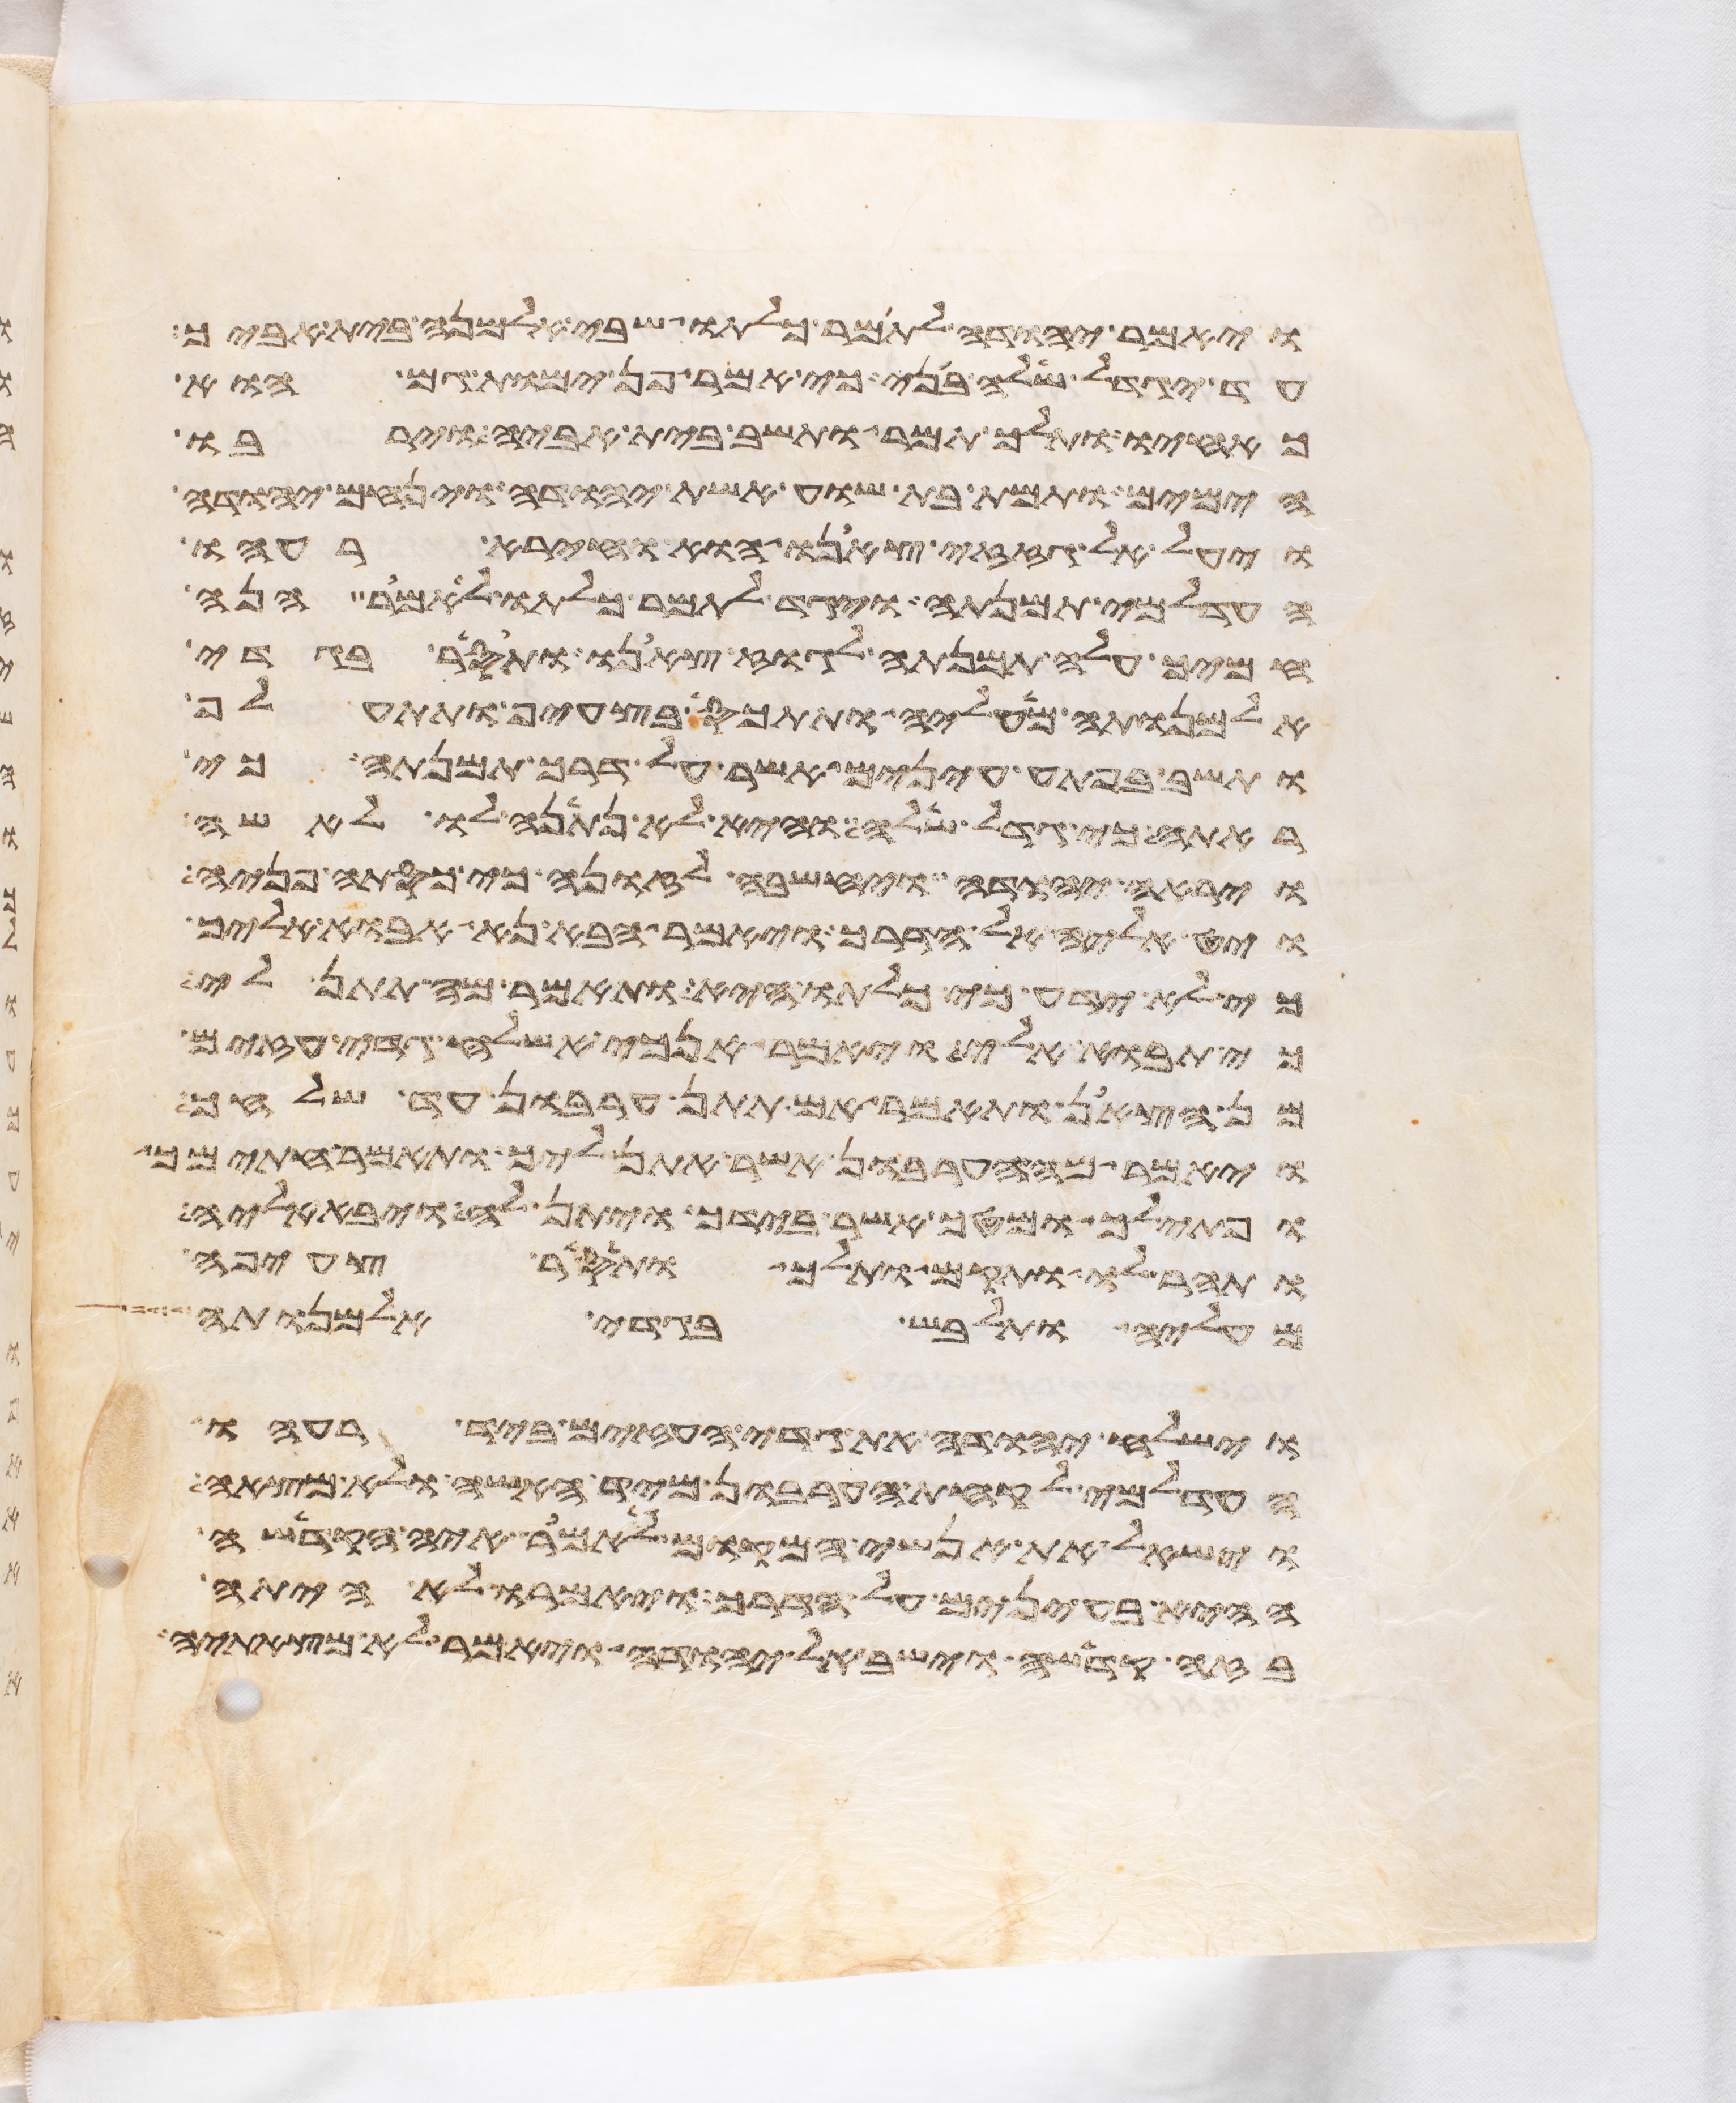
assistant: ויאמר יהודה לתמר כלתו שבי אלמנה בית אביך
עד יגדל שלה בני כי אמר פן ימות גם הוא
כאחיו ותלך תמר ותשב בית אביה וירבו
הימים ותמת בת שוע אשת יהודה וינחם יהודה
ויעל אל גזזי צאנו הוא וחירה רעהו
העדלמי תמנתה ויגד לתמר כלתו לאמר הנה
חמיך עלה תמנתה לגוז צאנו ותסר בגדי
אלמנותה מעליה ותתכס בצעיף ותתעלף
ותשב בפתע עינים אשר על דרך תמנתה כי
ראתה כי גדל שלה והיא לא נתנה לו לאשה
ויראה יהודה ויחשבה לזונה כי כסתה פניה
ויט אליה אל הדרך ויאמר הבא נא אבוא אליך
כי לא ידע כי כלתו היא ותאמר מה תתן לי
כי תבוא אלי ויאמר אנכי אשלח גדי עזים
מן הצאן ותאמר אם תתן ערבון עד שלחך
ויאמר מה הערבון אשר אתן ליך ותאמר חתימך
ופתילך ומטך אשר בידך ויתן לה ויבא אליה
ותהר לו ותקם ותלך ותסר צעיפה
מעליה ותלבש בגדי אלמנותה
וישלח יהודה את גדי העזים ביד רעהו
העדלמי לקחת הערבון מיד האשה ולא מצאה
וישאל את אנשי המקום לאמר איה הקדשה
ההיא בעינים על הדרך ויאמרו לא היתה
בזה קדשה וישב אל יהודה ויאמר לא מצאתיה